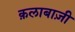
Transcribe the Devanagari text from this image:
क़लाबाज़ी